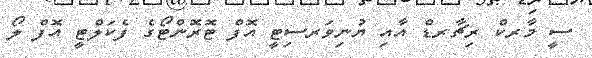
ސީ މާރކް ރިޗާރޑް އާއި ޔުނިވަރސިޓީ އޮފް ޓޮރޮންޓޯގެ ފެކަލްޓީ އޮފް ލޯ